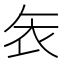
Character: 𮕦